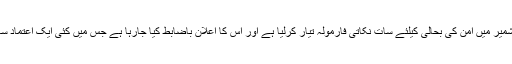
وزیر داخلہ نے اعلان کیا کہ مرکز نے کشمیر میں امن کی بحالی کیلئے سات نکاتی فارمولہ تیار کرلیا ہے اور اس کا اعلان باضابط کیا جارہا ہے جس میں کئی ایک اعتماد سازی کے تازہ اقدامات اٹھائے جارہے ہیں۔